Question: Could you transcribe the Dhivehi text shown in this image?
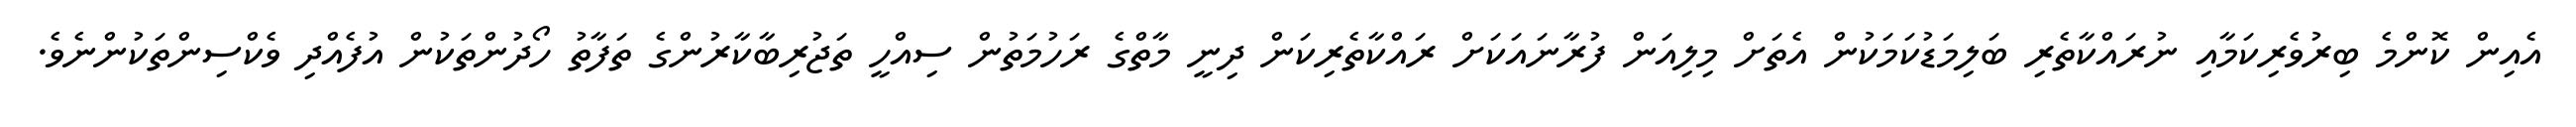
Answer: އެއިން ކޮންމެ ބިރުވެރިކަމާއި ނުރައްކާތެރި ބަލިމަޑުކަމަކުން އެތަށް މިލިއަން ފުރާނައަކަށް ރައްކާތެރިކަން ދިނީ މާތްގެ ރަހުމަތުން ސިއްހީ ތަޖުރިބާކާރުންގެ ތަފާތު ހޯދުންތަކުން އުފެއްދި ވެކްސިންތަކުންނެވެ.